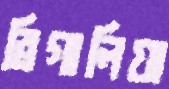
ব্রিগালিয়া